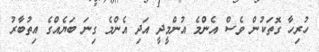
ހުރިހާ ގޮތަކުން ވެސް އެންމެ އުންމީދީ އަދި އެންމެ ގިނަ ބަޔެއްގެ އިތުބާރު